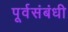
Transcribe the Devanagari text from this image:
पूर्वसंबंधी